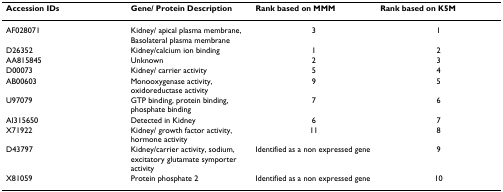
| Accession IDs | Gene/ Protein Description | Rank based on MMM | Rank based on K5M |
 | --- | --- | --- | --- |
 | AF028071 | Kidney/ apical plasma membrane, Basolateral plasma membrane | 3 | 1 |
 | D26352 | Kidney/calcium ion binding | 1 | 2 |
 | AA815845 | Unknown | 2 | 3 |
 | D00073 | Kidney/ carrier activity | 5 | 4 |
 | AB00603 | Monooxygenase activity, oxidoreductase activity | 9 | 5 |
 | U97079 | GTP binding, protein binding, phosphate binding | 7 | 6 |
 | AI315650 | Detected in Kidney | 6 | 7 |
 | X71922 | Kidney/ growth factor activity, hormone activity | 11 | 8 |
 | D43797 | Kidney/carrier activity, sodium, excitatory glutamate symporter activity | Identified as a non expressed gene | 9 |
 | X81059 | Protein phosphate 2 | Identified as a non expressed gene | 10 |